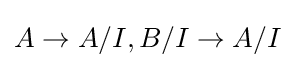
A\to A/I,B/I\to A/I